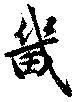
畿